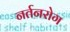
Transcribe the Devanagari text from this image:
नर्तनरोग